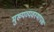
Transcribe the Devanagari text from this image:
मुख्यव्यवस्थापक